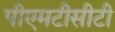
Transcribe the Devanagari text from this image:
पीएमटीसीटी